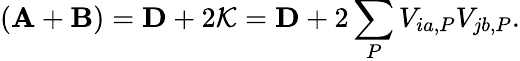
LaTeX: (\mathbf{A}+\mathbf{B})=\mathbf{D}+2\mathcal{K}=\mathbf{D}+2\sum_{P}V_{ia,P}V_{jb,P}.